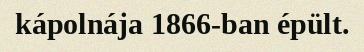
kápolnája 1866-ban épült.